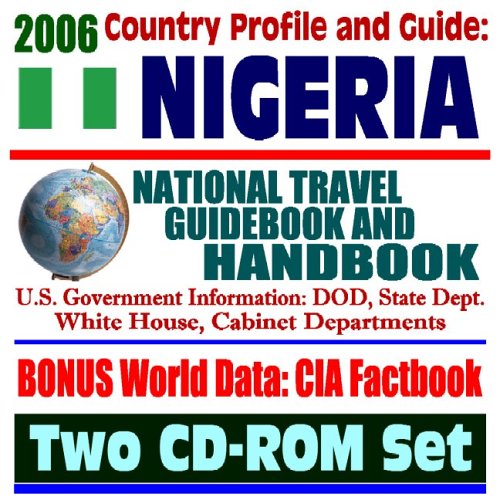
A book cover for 2006 Country Profile and Guide to Nigeria: National Travel Guidebook and Handbook (Two CD-ROM Set); U.S. Government; Travel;